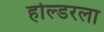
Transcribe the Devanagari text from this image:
होल्डरला